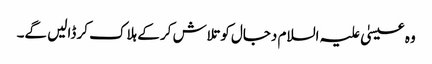
وہ عیسیٰ علیہ السلام دجال کوتلاش کر کے ہلاک کر ڈالیں گے۔